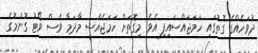
ދުވަހެއްގެ ގޮތުގައި ހަމަޖައްސައިފި އެވެ. މިގޮތަށް ހަމަޖެއްސީ މާދަމާ ވެސް ވޯޓު ގުނުމުގެ